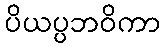
ပိယပ္ပဘဝိကာ